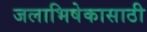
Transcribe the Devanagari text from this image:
जलाभिषेकासाठी